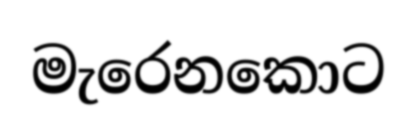
මැරෙනකොට